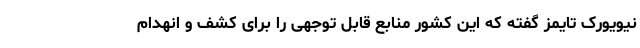
نیویورک تایمز گفته که این کشور منابع قابل توجهی را برای کشف و انهدام